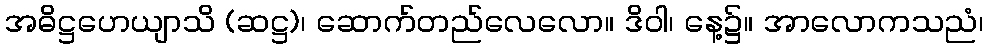
အဓိဋ္ဌဟေယျာသိ (ဆဋ္ဌ)၊ ဆောက်တည်လေလော။ ဒိဝါ၊ နေ့၌။ အာလောကသညံ၊